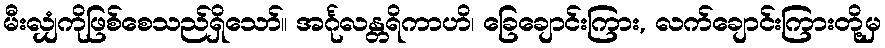
မီးလျှံကိုဖြစ်စေသည်ရှိသော်။ အင်္ဂုလန္တရိကာဟိ၊ ခြေချောင်းကြား, လက်ချောင်းကြားတို့မှ